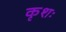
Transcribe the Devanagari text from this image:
कृशः